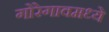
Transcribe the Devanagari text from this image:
गोरेगावमध्ये